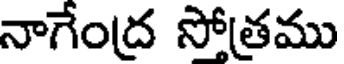
నాగేంద్ర సోత్రము